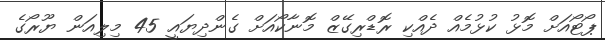
ޕޯޓޯއަށް މޮޅު ކުޅުމެއް ދެއްކި ރޮޑްރިގޭޒް މޮނާކޯއަށް ގެންދިޔައީ 45 މިލިއަން ޔޫރޯގެ